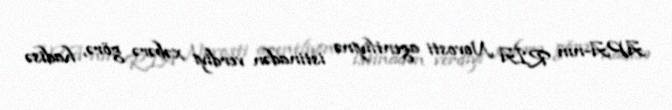
APA-nın RİA Novosti agentliyinə istinadən verdiyi xəbərə görə, hadisə